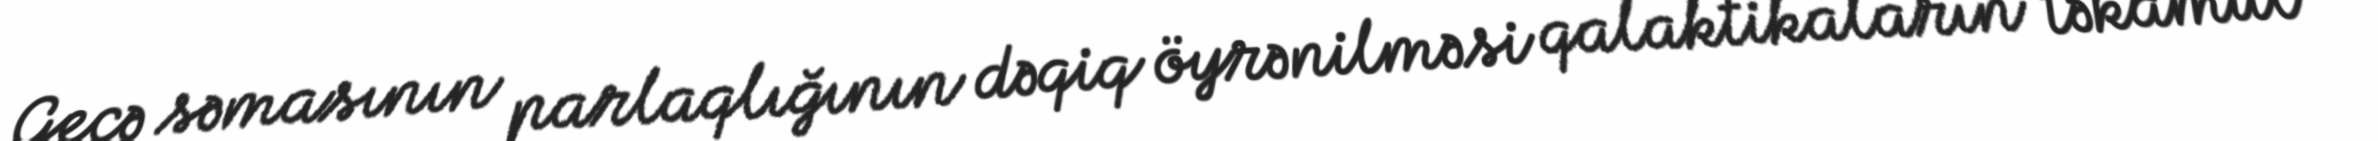
Gecə səmasının parlaqlığının dəqiq öyrənilməsi qalaktikaların təkamül